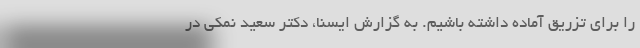
را برای تزریق آماده داشته باشیم. به گزارش ایسنا، دکتر سعید نمکی در